Vital statistics of India. Vol. IV, Annual returns from 1871 to 1876. British Army of India, Native Army and jails of Bengal
Year: 1871
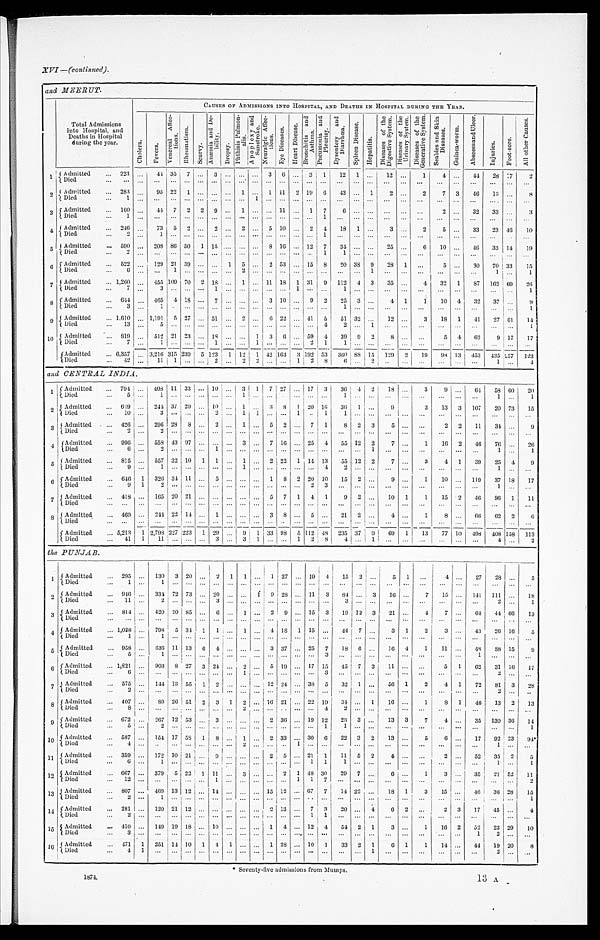
XVI—(continued).
and MEERUT.
CAUSES OF ADMISSIONS INTO HOSPITAL, AND DEATHS IN HOSPITAL DURING THE YEAR.
Total Admissions
into Hospital, and
Deaths in Hospital
during the year.
C h o l e r a . F e v e r s .
V e n e r e a l A f f e c -
t i ons .
R h e u m a t i s m .
S c u r v y .
A n æ m i a a n d D e -
b i l i t y .
D r o p s y .
P h t h i s i s P u l m o n -
a l i s .
A p o p l e x y a n d
S u n s t r o k e .
N e u r a l g i c A f f e c -
t i o n s . E y e D i s e a s e s . H e a r t D i s e a s e .
B r o n e h i t i s a n d
A s t h m a . P n e u m o n i a a n d
P l e u r i s y . D y s e n t e r y a n d
D i a r r h œ a .
S p l e e n D i s e a s e .
H e p a t i t i s .
D i s e a s e s o f t h e
D i g e s t i v e S y s t e m .
D i s e a s e s o f t h e
U r i n a r y S y s t e m . D i s e a s e s o f t h e
G e n e r a t i v e S y s t e m . S e a b i e s a n d S k i n
D i s e a s e s .
G u i n e a - w o r m . A b s c e s s a n d U l c e r .
I n j u r i e s .
F o o t - s o r e . A l l o t h e r C a u s e s .
1
A d m i t t e d 2 2 3
4 4 3 5 7
3
3 6
3 1 12 1
12
1 4
44 28 1 7
2
Died
2 Admitted
283
95 22 1
1
1 11 2 19 6 43
1 2
2 7 3 46 13
8
D i e d 1
1
3 Admitted
160
44 7 2 2
9
1
11
1 7
6
2
3 2
3 3
3
Died 1
1
4 Admitted
246
73 5 2
2
2
5 10
2 4 18 1
3
2 5
33 23 46 10
Died 2
1
1
5 Admitted
590
208 86 50 1 15
8 16 12 7 34
25
6
1 0
46 33 14 1 9
Died 2
1 1
6 Admitted
522
129 21 39
1 5
2 53
15 8 20 38 9 28 1
5
30 70 33 1 5
Died 6
1
2
1
1
1
7 Admitted
1,260
455 109 70 2 18
1
11 18 1 31 9
1 1 2 4 3
3 5
4
3 2 1
8 7 162 69 2 6
Died 7
3
1
1
1
1
8 Admitted
644
465 4 18
7
3 10
9 2 25 3
4 1 1
1 0 4 32 37
9
D i e d 3
1
1
1
9 Admitted
1,610
1,191 5 27
51
2
6 22
41 5 51 32
12
3 18 1 41 27 61 14
Died 13
5
4
2
1
1
10 Admitted
819
512 21 23
18
1 3 6
59 4 39 9 2 8
5 4 62 9 17 17
D i e d 7
1
1
1
2 1
1
Admitted
6,357
3,216 315 239 5 123 1 12 1 4 2 163 3 192 53 360 88 15 129 2 19 98 13 453 435 257
1 2 3
Died 42
11 1
2
2 2
1 2 8
6
2
1
4
and CENTRAL INDIA.
1
Admitted
794
408 11 33
10
3 1 7 2 7
17 3 36 4 2 18
3
9
64 58 60 20
Died
5
1
1
1
1
1
2 Admitted 649
244 3 7 2 9
10
1
3 8 1 20 16 36 1
9
3 13 3 107 20 73 15
Di ed 10
3
2
1 1
1
1
1
3 Admitted 426
296 2 8 8
2
1
5 2
7 1 8 2 3
5
2 2 11 34
9
Died 2
2
4
A d m i t t e d 9 9
6
5 5 8 43 97
3
7 16
25 4 55 12 2 7
1 16 2 46 76
26
Died 6
2
1
1
1
1
5 Admitted
815
557 32 10 1 1
1
2 22 1 14 13 55 12 2 7
3 4 1 39 25 4 9
Died 9
1
1
4
2
1
6 Admitted
646 1 326 34 11
5
1 8 2 20 10 15 2
9
1 10
119 37 18 17
Died
9 1 2
2 3
1
7 Admitted
418
165 20 21
5 7 1 4 1 9 2
10 1 1 15 2 46 96 1 11
Died
8 Admitted
469
244 22 14
1
3 8
5
21 2
4
1 8
66 62 2 6
Died
Admitted
5,213 1 2,798 227 223 1 2 9
9 1 33 98
5 112 48 235 37 9 69 1
1 3 77 1 0 498
4 0 8 1 5 8
1 1 3
D i e d 4 1
1
1 1
3
3 1
1 2 8
4
1
4
2
the PUNJAB.
1 Admitted
295
130 3 20
2 1 1
1 27
19 4 15 2
5
1
4
27 28
5
Di ed 1
1
2 Admitted
946
334 72 73
20
1 9 28
11 3 84
3 16
7 15
141 111
1 8
Died
11
2
3
3
2
1
3 Admitted
814
420 20 85
6
1
2 9
15 3 19 12 3 21
4 7
64 44 66 13
Died
4 Admitted
1,028
7 9 8 5 3 4 1 1
1
4 18 1 15
4 4 7
3 1 2 3
43 26 16 5
Died 1
1
5 Admitted
958
636 11 13 6 4
3 37
25 7 18 6
1 6 4 1 11
48
8 8 1 5
9
Died 5
1
3
1
6 Admitted
1,221
903 8 27 3 24
2
5 19
1 7 15 45 7 3
1 1
5 1 62 31 16 1 7
Died
6
1
3
2
7 Admitted
575
144 13 55 1 2
12 24
38 5 32 1
56 1 2 4 1 72 81 3 2 8
Died 2
2
8 Admitted
407
89 26 51 2 3 1 2
16 21
22 19 34
1 16
1 8 1 46
1 3 2 13
D i e d 8
2
4
2
9 Admitted
672
267 12 53
3
2 36
19 12 23 3
13 3 7 4
35 130 36 14
Died 5
2
1
1
1
10 Admitted
587
154 17 58 1 8
1
2 33
30 6 22 3 2 13
5 6
17 92 2 3
9 4 *
Died 4
.
2
1
1
1 1 Admitted
359
172 10 21
9
2 5
21 1 11 5 2
4
2
52
3 5 2
5
Died 6
1
1 1
1
1
1
12 Admitted
667
379 5 22 1 11
3
2 1 48 30 29 7
6
1 3
35
2 1 52 11
Died 12
1
1 1 7
2
1 3
Admitted
807
469 13 12
14
15 12
6 7 7 14 22
18 1 3 15
46
3 6 28
1 5
Died 2
1
1
14 Admitted
281
120 21 12
2 13
7 3 20
4 6 2
2 3 17 45
4
Died 2
1 1
1 5
Admitted
410
149 19 18
10
1 4
12 4 54 2 1
3
1 16 2 52
2 3 29 10
D i e d 3
1
2
16 Admitted
471 1 251 14 10 1 4 1
1 28
10 1 33 2 1 6 1 1 14
4 4 19 20 8
Died
4 1
1
2
* Seventy-five admissions from Mumps.
1874.
13 A